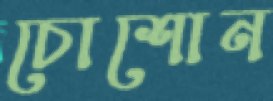
চোশোন